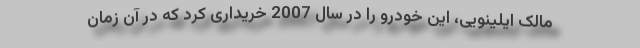
مالک ایلینویی، این خودرو را در سال 2007 خریداری کرد که در آن زمان